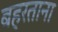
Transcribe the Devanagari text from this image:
बहरताना